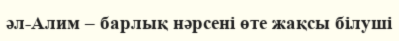
әл-Алим – барлық нәрсені өте жақсы білуші